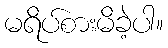
မရိပ်စားမိခဲ့ပါ။